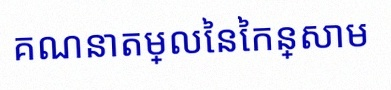
គណនាតម្លៃនៃកន្សោម